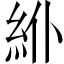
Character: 𥾾